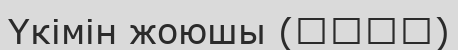
Үкімін жоюшы (ناسخ)